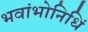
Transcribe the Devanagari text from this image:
भवांभोनिधिं